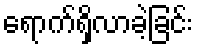
ရောက်ရှိလာခဲ့ခြင်း